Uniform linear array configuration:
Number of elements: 16
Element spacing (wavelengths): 0.75
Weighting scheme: hamming
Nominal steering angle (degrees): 15
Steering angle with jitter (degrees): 14.284
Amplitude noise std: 0.05
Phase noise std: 0.05

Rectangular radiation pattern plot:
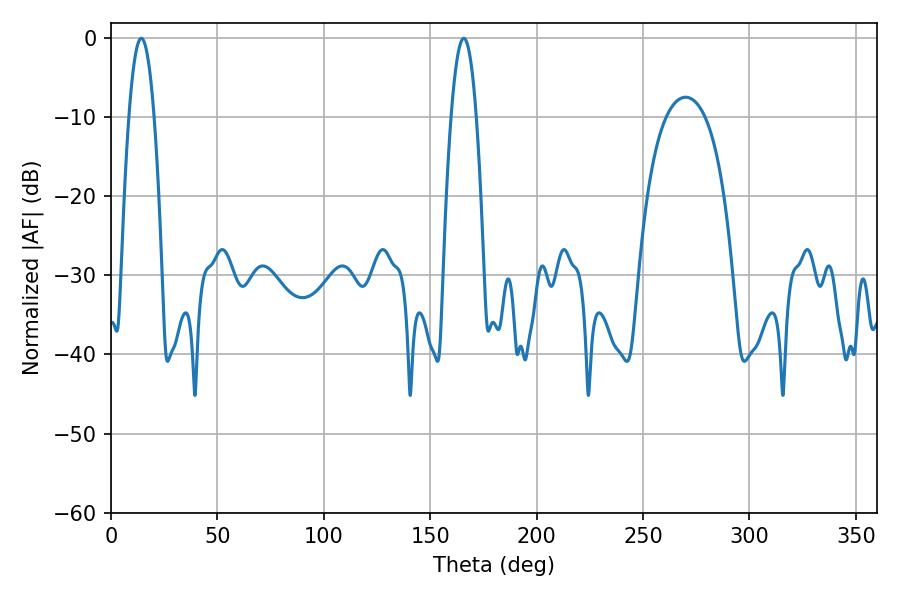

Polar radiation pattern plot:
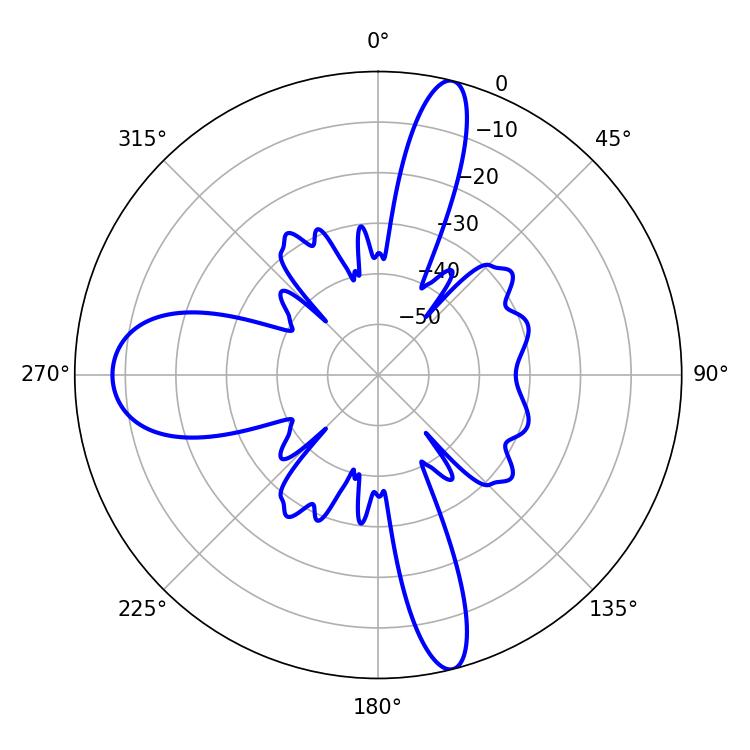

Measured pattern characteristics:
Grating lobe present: TRUE
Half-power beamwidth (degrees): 6.48
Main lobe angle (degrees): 14.22